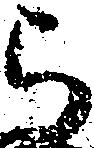
ら